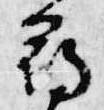
尋